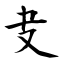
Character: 叏